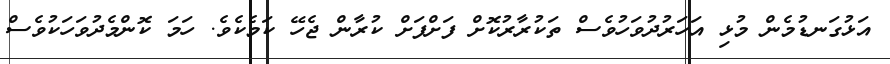
އަޅުގަނޑުމެން މުޅި އަހަރުދުވަހުވެސް ތަކުރާރުކޮށް ފަށްފަށް ކުރާން ޖެހޭ ކަމެކެވެ. ހަމަ ކޮންމެދުވަހަކުވެސް